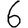
Digit: 6